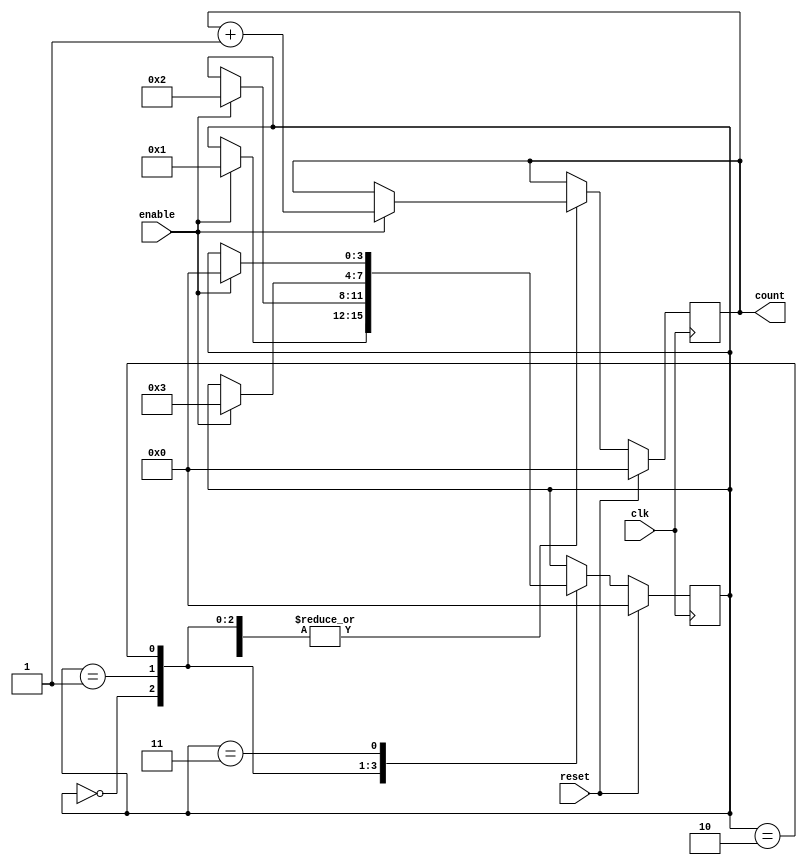
module synchronous_counter(
    input clk,            // clock input signal
    input enable,         // enable input signal
    input reset,          // reset input signal
    output reg [3:0] count // output count value
);

// State diagram for the synchronous counter
parameter S0 = 4'b0000;
parameter S1 = 4'b0001;
parameter S2 = 4'b0010;
parameter S3 = 4'b0011;

// Define state register
reg [3:0] state;

// Synchronous counter logic
always @(posedge clk) begin
    if (reset) begin
        state <= S0;
        count <= 4'b0000;
    end else begin
        case(state)
            S0: begin
                if (enable) begin
                    state <= S1;
                    count <= count + 1;
                end
            end
            S1: begin
                if (enable) begin
                    state <= S2;
                    count <= count + 1;
                end
            end
            S2: begin
                if (enable) begin
                    state <= S3;
                    count <= count + 1;
                end
            end
            S3: begin
                if (enable) begin
                    state <= S0;
                    count <= count + 1;
                end
            end
        endcase
    end
end

endmodule